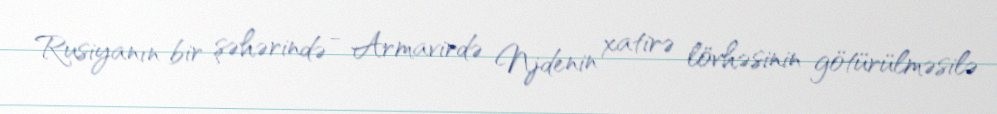
Rusiyanın bir şəhərində - Armavirdə Njdenin xatirə lövhəsinin götürülməsilə